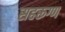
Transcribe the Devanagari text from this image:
सहरूग्ण